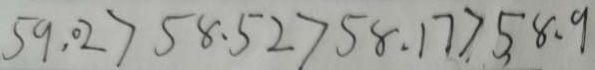
5 9 . 0 2 > 5 8 . 5 2 > 5 8 . 1 7 > 5 8 . 9